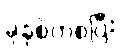
ခုနှစ်ကစပြီး